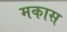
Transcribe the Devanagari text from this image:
मकास